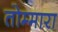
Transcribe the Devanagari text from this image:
तोम्मारा